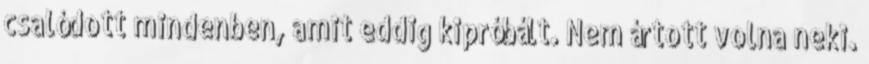
csalódott mindenben, amit eddig kipróbált. Nem ártott volna neki.